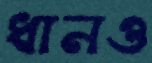
ধানও